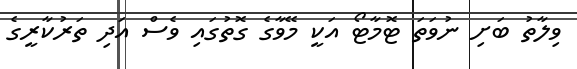
ވިލާތު ބަށި ނުވަތަ ޓޮމާޓޯ އަކީ މޭވާގެ ގޮތުގައި ވެސް އަދި ތަރުކާރީގެ